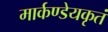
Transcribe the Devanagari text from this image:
मार्कण्डेयकृतं